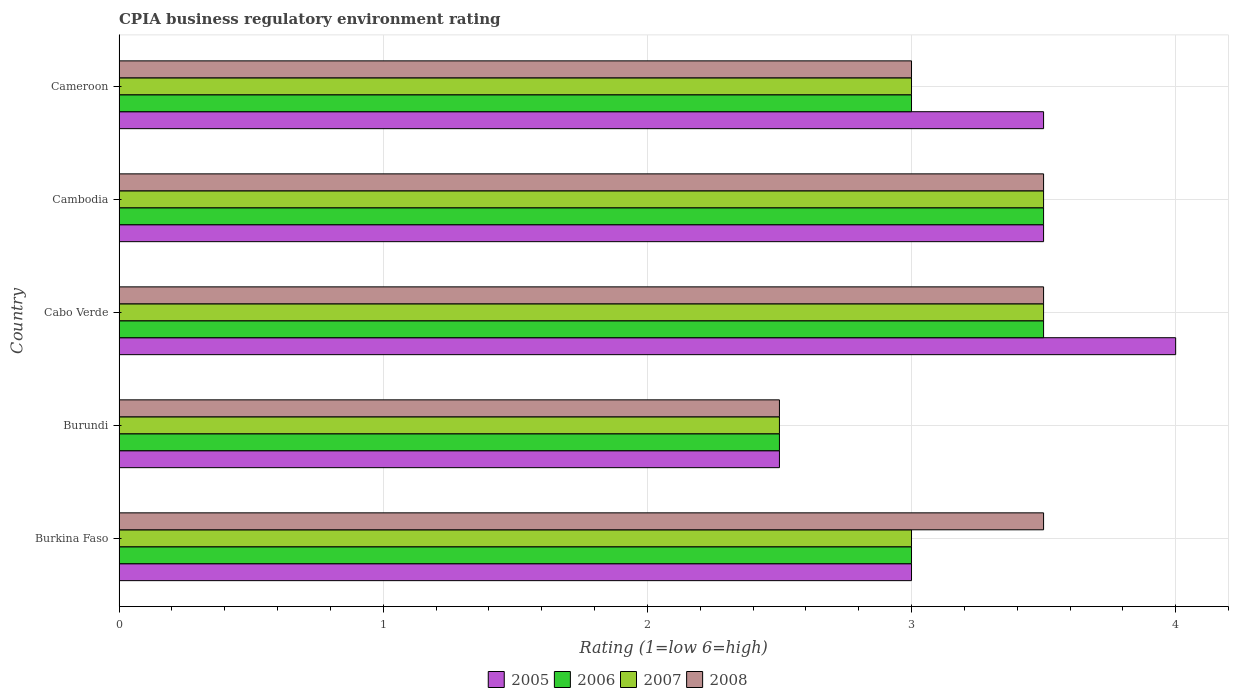
| Country | 2005 | 2006 | 2007 | 2008 |
 | --- | --- | --- | --- | --- |
 | Burkina Faso | 3 | 3 | 3 | 3.5 |
 | Burundi | 2.5 | 2.5 | 2.5 | 2.5 |
 | Cabo Verde | 4 | 3.5 | 3.5 | 3.5 |
 | Cambodia | 3.5 | 3.5 | 3.5 | 3.5 |
 | Cameroon | 3.5 | 3 | 3 | 3 |